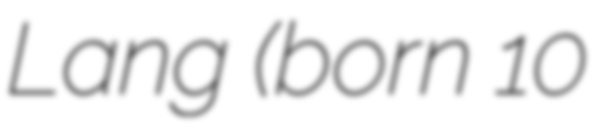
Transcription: Lang (born 10